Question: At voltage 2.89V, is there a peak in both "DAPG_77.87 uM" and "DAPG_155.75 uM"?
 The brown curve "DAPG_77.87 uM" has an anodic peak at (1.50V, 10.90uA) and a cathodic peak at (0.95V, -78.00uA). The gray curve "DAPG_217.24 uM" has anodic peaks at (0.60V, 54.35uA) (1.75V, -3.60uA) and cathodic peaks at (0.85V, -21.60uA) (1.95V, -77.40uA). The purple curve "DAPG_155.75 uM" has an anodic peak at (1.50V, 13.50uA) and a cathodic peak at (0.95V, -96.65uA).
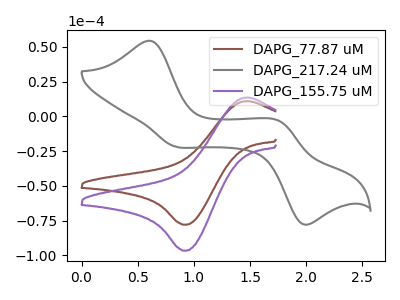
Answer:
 <answer>No, "DAPG_77.87 uM" and "DAPG_155.75 uM" dont share a peak at 2.89V.</answer>
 <eval>mismatch</eval>